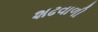
શઢવાળી